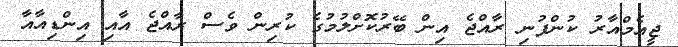
ޖީއެމްއާރު ކުންފުނި ރާއްޖެ އިން ބޭރުކޮށްލުމުގެ ކުރިން ވެސް ރާއްޖެ އާއި އިންޑިއާއާ